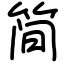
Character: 简